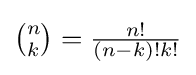
{\textstyle {\binom {n}{k}}={n! \over (n-k)!k!}}